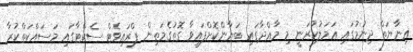
ޢިނާޔަތް ދިނުމުގައި ޢަމަލުކުރަނީ މި މާއްދާގައި ބަޔާންކޮށްފައިވާ ގޮތުގެމަތިން ޕްރައިވެޓް ސެކްޓާގައި މަސައްކަތްކުރާ